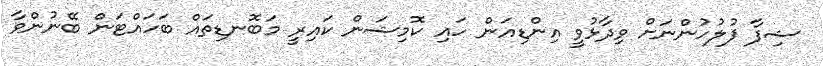
ޝިފާ ފުލުހުންނަށް ވިދާޅުވީ އިންޑިއަން ހައި ކޮމިޝަން ކައިރީ މަބޮނޑިތައް ބަހައްޓަން ބޭނުންވާ